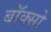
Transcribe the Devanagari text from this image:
बॉक्सो